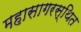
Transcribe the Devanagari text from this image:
महासागरस्थित